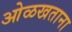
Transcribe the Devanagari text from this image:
ओळखताना